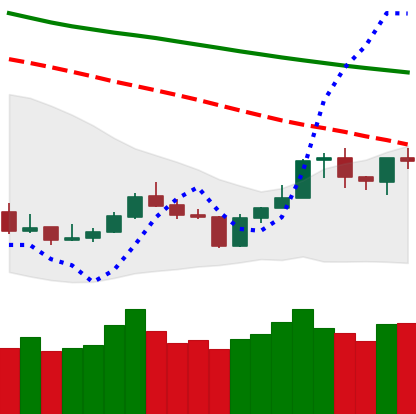
Ticker: BNB-USD
Chart end date: 2020-01-11
Forward return: 14.255%
Label: up_7plus